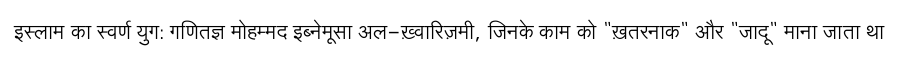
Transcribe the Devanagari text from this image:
इस्लाम का स्वर्ण युग: गणितज्ञ मोहम्मद इब्नेमूसा अल-ख़्वारिज़मी, जिनके काम को "ख़तरनाक" और "जादू" माना जाता था